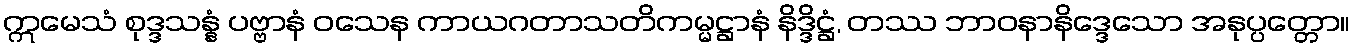
ဣမေသံ စုဒ္ဒသန္နံ ပဗ္ဗာနံ ဝသေန ကာယဂတာသတိကမ္မဋ္ဌာနံ နိဒ္ဒိဋ္ဌံ, တဿ ဘာဝနာနိဒ္ဒေသော အနုပ္ပတ္တော။